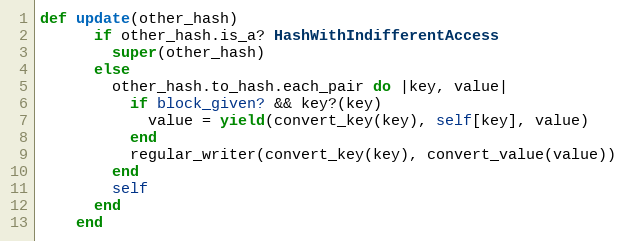
Language: Ruby
def update(other_hash)
      if other_hash.is_a? HashWithIndifferentAccess
        super(other_hash)
      else
        other_hash.to_hash.each_pair do |key, value|
          if block_given? && key?(key)
            value = yield(convert_key(key), self[key], value)
          end
          regular_writer(convert_key(key), convert_value(value))
        end
        self
      end
    end